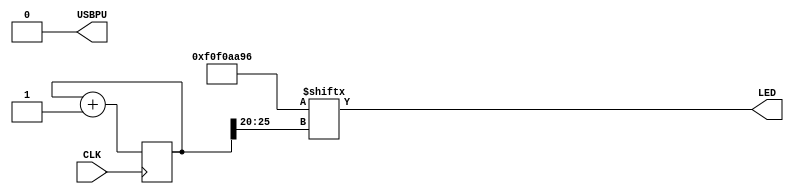
// look in pins.pcf for all the pin names on the TinyFPGA BX board
module toppp (
    input CLK,    // 16MHz clock
    output LED,   // User/boot LED next to power LED
    output USBPU  // USB pull-up resistor
);
    // drive USB pull-up resistor to '0' to disable USB
    assign USBPU = 0;

    ////////
    // make a simple blink circuit
    ////////

    // keep track of time and location in blink_pattern
    reg [25:0] blink_counter;

    // pattern that will be flashed over the LED over time
    // wire [31:0] blink_pattern = 32'b101010001110111011100010101;
    wire [31:0] blink_pattern = 32'b11110000111100001010101010010110;

    // increment the blink_counter every clock
    always @(posedge CLK) begin
        blink_counter <= blink_counter + 1;
    end
    
    // light up the LED according to the pattern
    assign LED = blink_pattern[blink_counter[25:20]];
endmodule